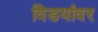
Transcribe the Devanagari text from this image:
विडयांवर